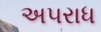
અ૫રાધ